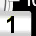
Digit: 1